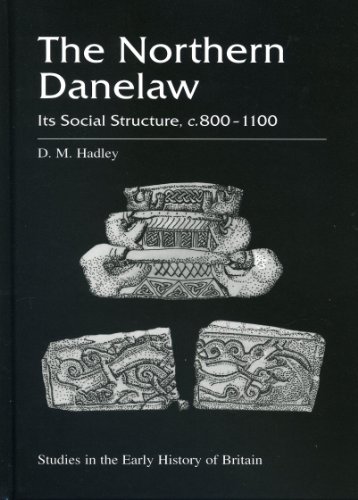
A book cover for The Northern Danelaw: Its Social Structure, c.800-1100 (Studies in the Early History of Britain); D.M. Hadley; Law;